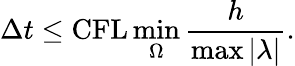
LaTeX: {\Delta t}\leq\textnormal{CFL}\operatorname*{min}_{\Omega}\frac{h}{\operatorname*{max}|\lambda|}.